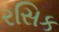
રસિક